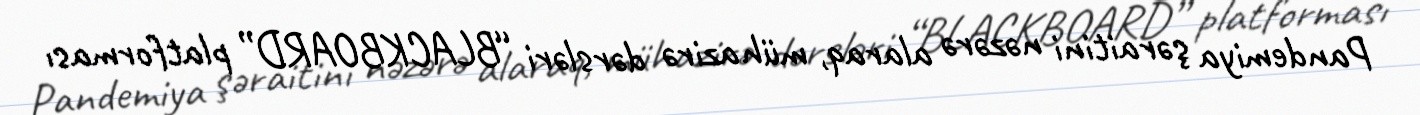
Pandemiya şəraitini nəzərə alaraq, mühazirə dərsləri “BLACKBOARD” platforması